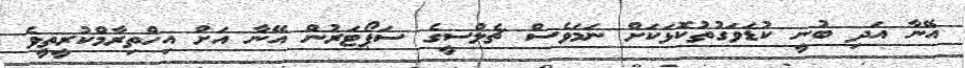
އޭނާ އަދި ބުނީ ކުޑަވަގުތުކޮޅަކަށް ނަމަވެސް ޗެލްސީގެ ސަޕޯޓަރުން އޭނާ އަށް އިހްތިރާމްކުރީތީވެ